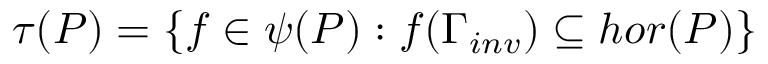
\tau ( P ) = \{ f \in \psi ( P ) : f ( \Gamma _ { i n v } ) \subseteq h o r ( P ) \}